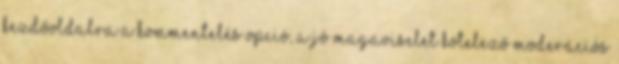
KEZDŐOLDALRA A kommentelés opció, a jó magaviselet kötelező Moderációs